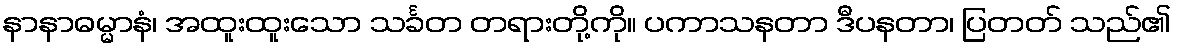
နာနာဓမ္မာနံ၊ အထူးထူးသော သင်္ခတ တရားတို့ကို။ ပကာသနတာ ဒီပနတာ၊ ပြတတ် သည်၏